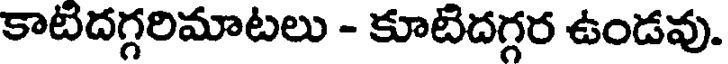
కాటిదగ్గరిమాటలు - కూటిదగ్గర ఉండవు.